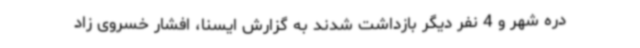
دره شهر و 4 نفر دیگر بازداشت شدند به گزارش ایسنا، افشار خسروی زاد